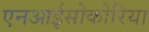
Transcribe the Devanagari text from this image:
एनआईसोकोरिया